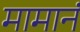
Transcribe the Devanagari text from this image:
मामानं